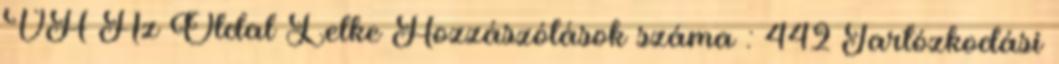
VH Az Oldal Lelke Hozzászólások száma : 442 Tartózkodási